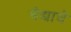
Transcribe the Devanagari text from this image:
मैद्याचे